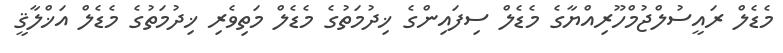
މެޑެލް ރައީސުލްޖުމްހޫރިއްޔާގެ މެޑެލް ސިފައިންގެ ޚިދުމަތުގެ މެޑެލް މަތިވެރި ޚިދުމަތުގެ މެޑެލް އަޚްލާޤީ